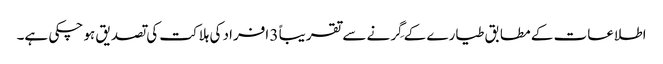
اطلاعات کے مطابق طیارے کے گِرنے سے تقریباً 3 افراد کی ہلاکت کی تصدیق ہو چکی ہے۔